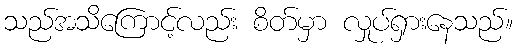
သည်အသိကြောင့်လည်း စိတ်မှာ လှုပ်ရှားနေသည်။